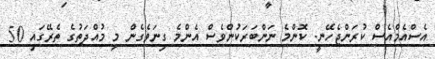
އެސްއެމްއެސް ކުރަންޖެހޭނީ. ކޮންމެ ނަންބަރަކުންވެސް އެންމެ ގިނަވެގެން މި މުއްދަތުގެ ތެރޭގައި 50